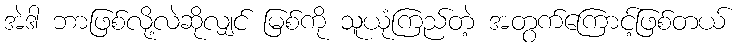
အဲဒါ ဘာဖြစ်လို့လဲဆိုလျှင် မြစ်ကို သူယုံကြည်တဲ့ အတွက်ကြောင့်ဖြစ်တယ်